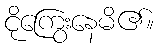
ငိုကြွေးနေမိ၏။